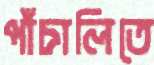
পাঁচালিতে